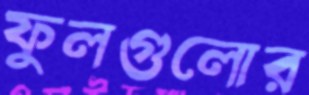
ফুলগুলোর